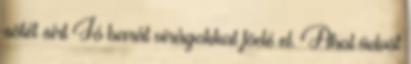
sötét sírt Jó barát virágokkal födé el. Ahol üdvöt